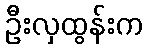
ဦးလှထွန်းက